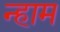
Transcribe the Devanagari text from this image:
न्हाम